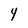
Character: 4